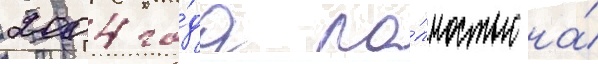
2004 го́да по́лностью на́